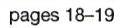
pages 18-19